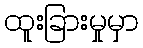
ထူးခြားမှုမှာ